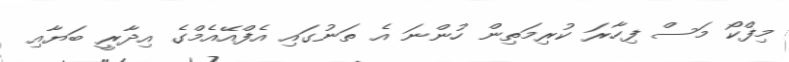
މިފްކޯ މަސް ފިހާރަ ކުރިމަތިން ހުންނަ އެ ތަނުގައި އެފްއޭއެމްގެ އިދާރީ ބަޔާއި